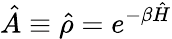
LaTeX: \hat{A}\equiv\hat{\rho}=e^{-\beta\hat{H}}